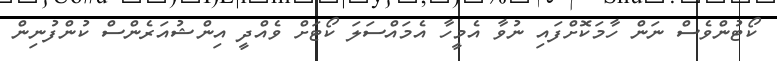
ކޯޓުންވެސް ނަން ހާމަކޮށްފައި ނުވާ އެމީހާ އެމައްސަލަ ކޯޓަށް ވެއްދީ އިންޝުއަރެންސް ކުންފުނިން